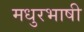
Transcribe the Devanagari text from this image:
मधुरभाषी